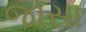
જાસા